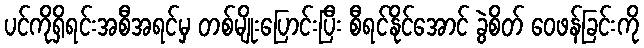
ပင်ကိုရှိရင်းအစီအရင်မှ တစ်မျိုးပြောင်းပြီး စီရင်နိုင်အောင် ခွဲစိတ် ဝေဖန်ခြင်းကို